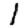
Digit: 1